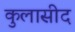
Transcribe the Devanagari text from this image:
कुलासीद